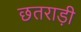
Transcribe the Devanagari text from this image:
छतराड़ी